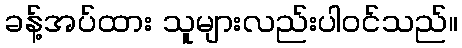
ခန့်အပ်ထား သူများလည်းပါဝင်သည်။